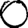
Digit: 0